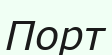
Порт